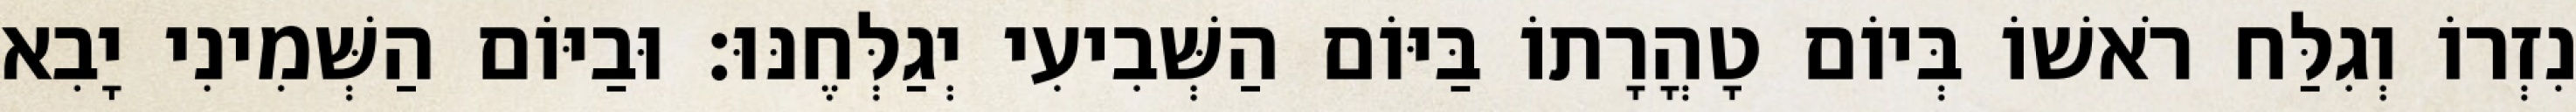
נִזְרוֹ וְגִלַּח רֹאשׁוֹ בְּיוֹם טָהֳרָתוֹ בַּיּוֹם הַשְּׁבִיעִי יְגַלְּחֶנּוּ׃ וּבַיּוֹם הַשְּׁמִינִי יָבִא